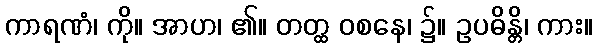
ကာရဏံ၊ ကို။ အာဟ၊ ၏။ တတ္ထ ဝစနေ၊ ၌။ ဥပဓိန္တိ၊ ကား။